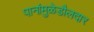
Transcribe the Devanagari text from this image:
पानांमुळेडौलदार